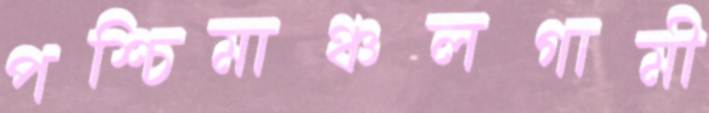
পশ্চিমাঞ্চলগামী